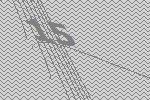
15